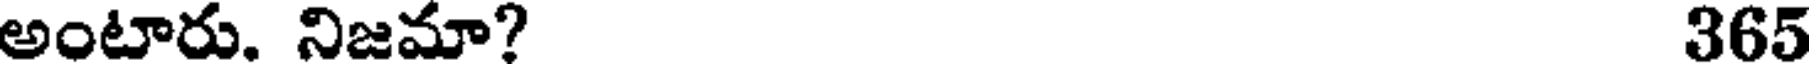
అంటారు. నిజమా? 365